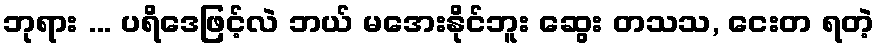
ဘုရား ... ပရိဒေဖြင့်လဲ ဘယ် မအေးနိုင်ဘူး ဆွေး တသသ, ငေးတ ရတဲ့